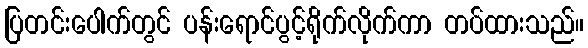
ပြတင်းပေါက်တွင် ပန်းရောင်ပွင့်ရိုက်လိုက်ကာ တပ်ထားသည်။